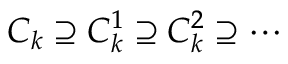
C _ { k } \supseteq C _ { k } ^ { 1 } \supseteq C _ { k } ^ { 2 } \supseteq \cdots